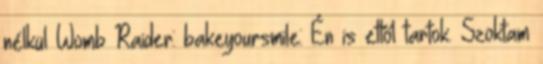
nélkül Womb Raider: bakeyoursmile: Én is ettől tartok. Szoktam